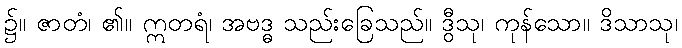
၌။ ဇာတံ၊ ၏။ ဣတရံ၊ အဗဒ္ဓ သည်းခြေသည်။ ဒွီသု၊ ကုန်သော။ ဒိသာသု၊